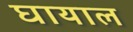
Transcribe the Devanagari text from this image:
घायाल